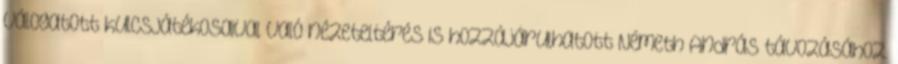
válogatott kulcsjátékosaival való nézeteltérés is hozzájárulhatott Németh András távozásához.